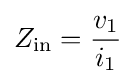
Z_{\text{in}}={\frac {v_{1}}{i_{1}}}